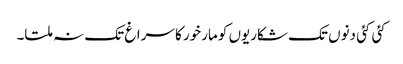
کئی کئی دنوں تک شکاریوں کو مارخور کا سراغ تک نہ ملتا۔